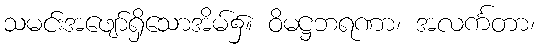
သမင်းအဖျော်ရှိသောအိမ်၌။ ဝိမဋ္ဌဘရဏာ၊ အလင်္ကတာ၊